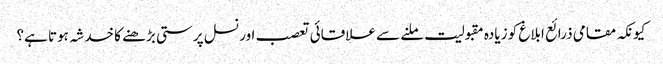
کیونکہ مقامی ذرائع ابلاغ کو زیادہ مقبولیت ملنے سے علاقائی تعصب اور نسل پرستی بڑھنے کا خدشہ ہوتا ہے؟